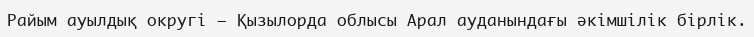
Райым ауылдық округі – Қызылорда облысы Арал ауданындағы әкімшілік бірлік.